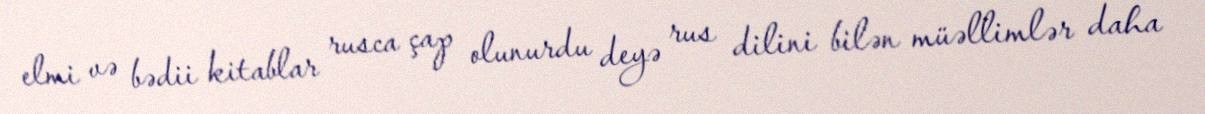
elmi və bədii kitablar rusca çap olunurdu deyə rus dilini bilən müəllimlər daha